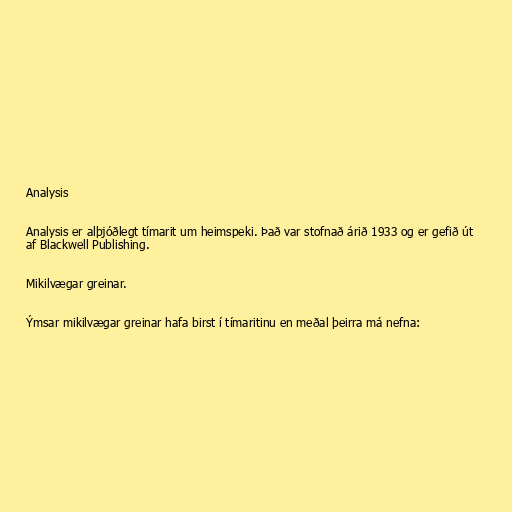
Analysis

Analysis er alþjóðlegt tímarit um heimspeki. Það var stofnað árið 1933 og er gefið út
af Blackwell Publishing.

Mikilvægar greinar.

Ýmsar mikilvægar greinar hafa birst í tímaritinu en meðal þeirra má nefna: